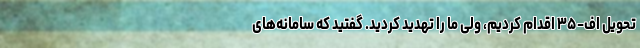
تحویل اف-۳۵ اقدام کردیم، ولی ما را تهدید کردید. گفتید که سامانه‌های